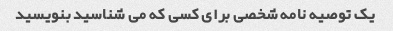
یک توصیه نامه شخصی برای کسی که می شناسید بنویسید